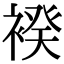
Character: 䙆